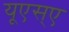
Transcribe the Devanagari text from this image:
यूएस्‌ए